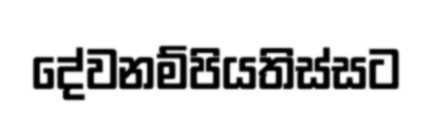
දේවනම්පියතිස්සට